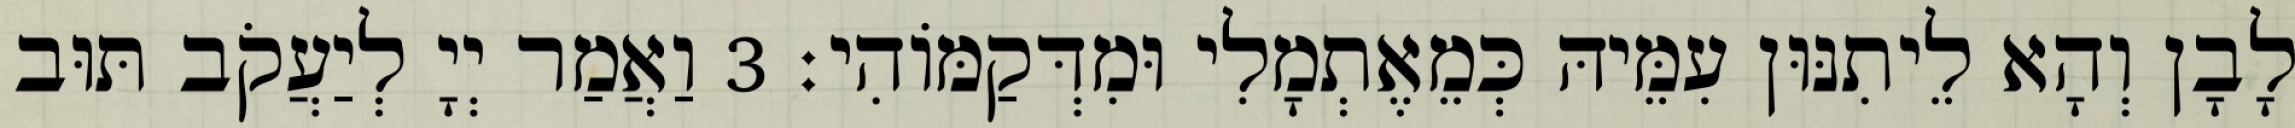
לָבָן וְהָא לֵיתִנּוּן עִמֵּיהּ כְּמֵאֶתְמָלִי וּמִדְּקַמּוֹהִי׃ 3 וַאֲמַר יְיָ לְיַעֲקֹב תּוּב